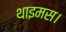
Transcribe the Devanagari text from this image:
थाइमस।